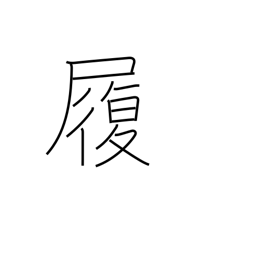
Meaning: boots